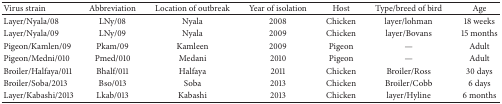
<table><thead><tr><td><b>Virus strain</b></td><td><b>Abbreviation</b></td><td><b>Location of outbreak</b></td><td><b>Year of isolation</b></td><td><b>Host</b></td><td><b>Type/breed of bird</b></td><td><b>Age</b></td></tr></thead><tbody><tr><td>Layer/Nyala/08</td><td>LNy/08</td><td>Nyala</td><td>2008</td><td>Chicken</td><td>layer/lohman</td><td>18 weeks</td></tr><tr><td>Layer/Nyala/09</td><td>LNy/09</td><td>Nyala</td><td>2009</td><td>Chicken</td><td>layer/Bovans</td><td>15 months</td></tr><tr><td>Pigeon/Kamlen/09</td><td>Pkam/09</td><td>Kamleen</td><td>2009</td><td>Pigeon</td><td>—</td><td>Adult</td></tr><tr><td>Pigeon/Medni/010</td><td>Pmed/010</td><td>Medani</td><td>2010</td><td>Pigeon</td><td>—</td><td>Adult</td></tr><tr><td>Broiler/Halfaya/011</td><td>Bhalf/011</td><td>Halfaya</td><td>2011</td><td>Chicken</td><td>Broiler/Ross</td><td>30 days</td></tr><tr><td>Broiler/Soba/2013</td><td>Bso/013</td><td>Soba</td><td>2013</td><td>Chicken</td><td>Broiler/Cobb</td><td>6 days</td></tr><tr><td>Layer/Kabashi/2013</td><td>Lkab/013</td><td>Kabashi</td><td>2013</td><td>Chicken</td><td>layer/Hyline</td><td>6 months</td></tr></tbody></table>